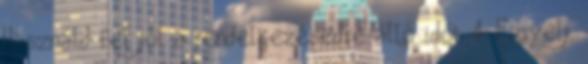
Használd fel jól a rendelkezésedre álló időt 4. Figyelj,